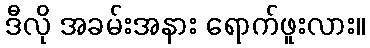
ဒီလို အခမ်းအနား ရောက်ဖူးလား။